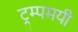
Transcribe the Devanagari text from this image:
ट्रम्पमयी